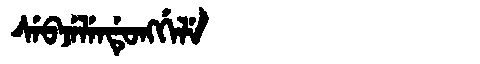
Manchu: ᠰᡝᠪᠵᡝᠯᡝᠨᡩᡠᠩᡤᡝᠯᡝ
Romanization: SEBJELENDUNGGELE